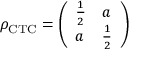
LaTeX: \rho _ { \mathrm { C T C } } = { \left( \begin{array} { l l } { { \frac { 1 } { 2 } } } & { a } \\ { a } & { { \frac { 1 } { 2 } } } \end{array} \right) }